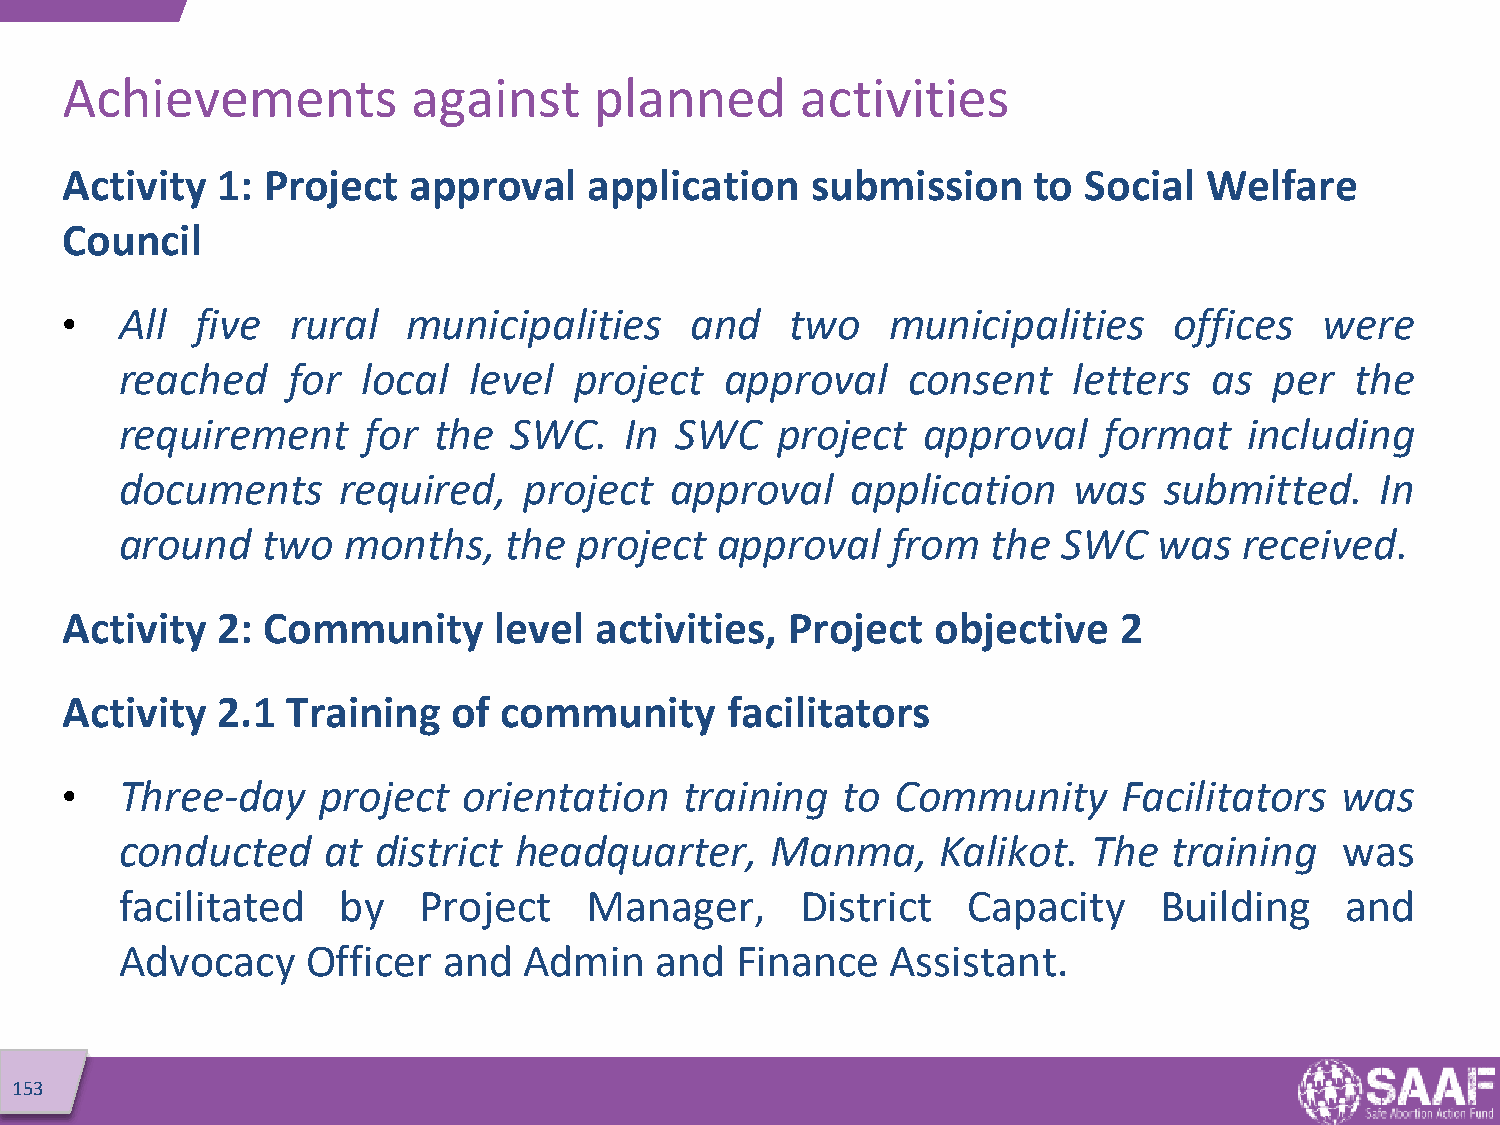
Achievements           against     planned       activities
 Activity  1: Project   approval    application    submission    to  Social  Welfare
 Council
 •   All  five  rural   municipalities     and   two    municipalities     offices   were
 reached    for  local  level  project   approval    consent    letters  as  per   the
 requirement     for  the  SWC.   In  SWC   project   approval    format    including
 documents     required,    project  approval    application    was   submitted.    In
 around   two   months,   the  project  approval    from   the SWC    was  received.
 Activity  2: Community       level activities,  Project   objective   2
 Activity  2.1  Training   of community      facilitators
 •   Three-day    project   orientation   training   to Community      Facilitators   was
 conducted    at  district headquarter,     Manma,     Kalikot.  The   training   was
 facilitated   by    Project    Manager,      District   Capacity     Building    and
 Advocacy    Officer  and   Admin   and   Finance   Assistant.
 153